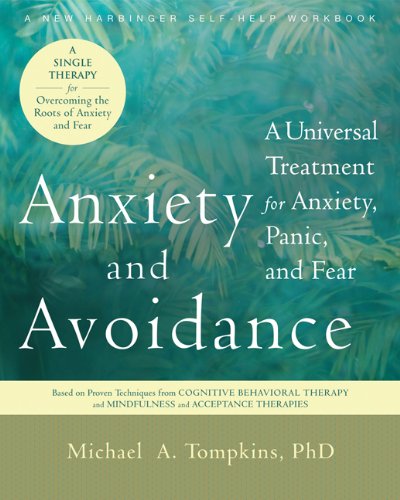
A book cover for Anxiety and Avoidance: A Universal Treatment for Anxiety, Panic, and Fear; Michael A. Tompkins; Self-Help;